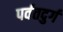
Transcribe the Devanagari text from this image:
पर्वतदुर्ग